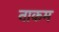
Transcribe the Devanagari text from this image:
नाकम